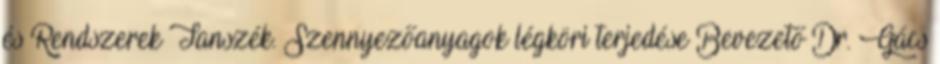
és Rendszerek Tanszék. Szennyezőanyagok légköri terjedése Bevezető Dr. Gács